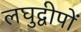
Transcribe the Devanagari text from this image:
लघुद्वीपों